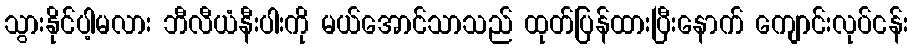
သွားနိုင်ပါ့မလား ဘီလီယံနီးပါးကို မယ်အောင်သာသည် ထုတ်ပြန်ထားပြီးနောက် ကျောင်းလုပ်ငန်း